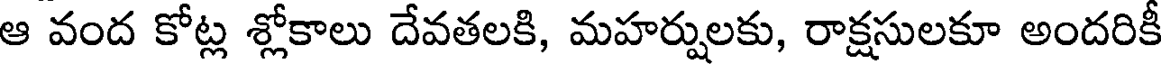
ఆ వంద కోట్ల శ్లోకాలు దేవతలకి, మహర్షులకు, రాక్షసులకూ అందరికీ